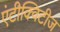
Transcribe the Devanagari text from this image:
एंटीक्विटीज